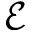
\mathcal { E }